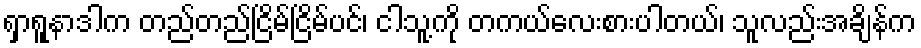
ရှာရူနာဒါက တည်တည်ငြိမ်ငြိမ်ပင်၊ ငါသူ့ကို တကယ်လေးစားပါတယ်၊ သူလည်းအချိန်က